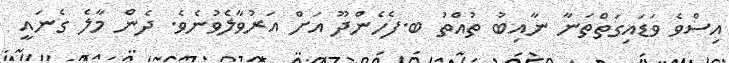
އިސްވެ ވަޑައިގަތްތަނާ ނާއިބު ތުއްތު ބ.ފެހެންދޫ އަށް އަރުވާލެވުނެވެ. ދެން މާލެ ގެނައީ